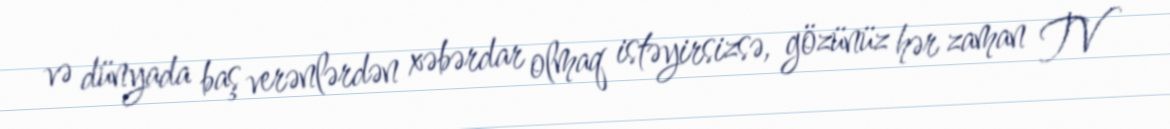
və dünyada baş verənlərdən xəbərdar olmaq istəyirsizsə, gözünüz hər zaman TV